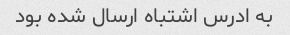
به ادرس اشتباه ارسال شده بود